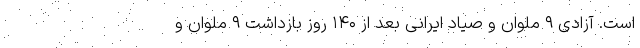
است. آزادی ۹ ملوان و صیاد ایرانی بعد از ۱۴۰ روز بازداشت ۹ ملوان و